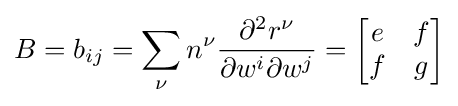
B=b_{ij}=\sum _{\nu }n^{\nu }{\frac {\partial ^{2}r^{\nu }}{\partial w^{i}\partial w^{j}}}={\begin{bmatrix}e&f\\f&g\end{bmatrix}}